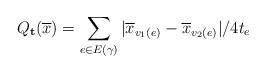
LaTeX: \begin{align*} Q_{\mathbf{t}}(\overline{x}) = \sum_{e \in E(\gamma)} |\overline{x}_{v_1(e)} - \overline{x}_{v_2(e)}|/4t_e \end{align*}